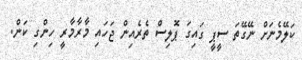
ކަލޭމެނަށް ނޭގޭތަ ސީޕީ ގައިގަ ޕޮލިސް ތެރެއިން ޖަހަައި މާރާމާރީ ހިންގި ކަން.